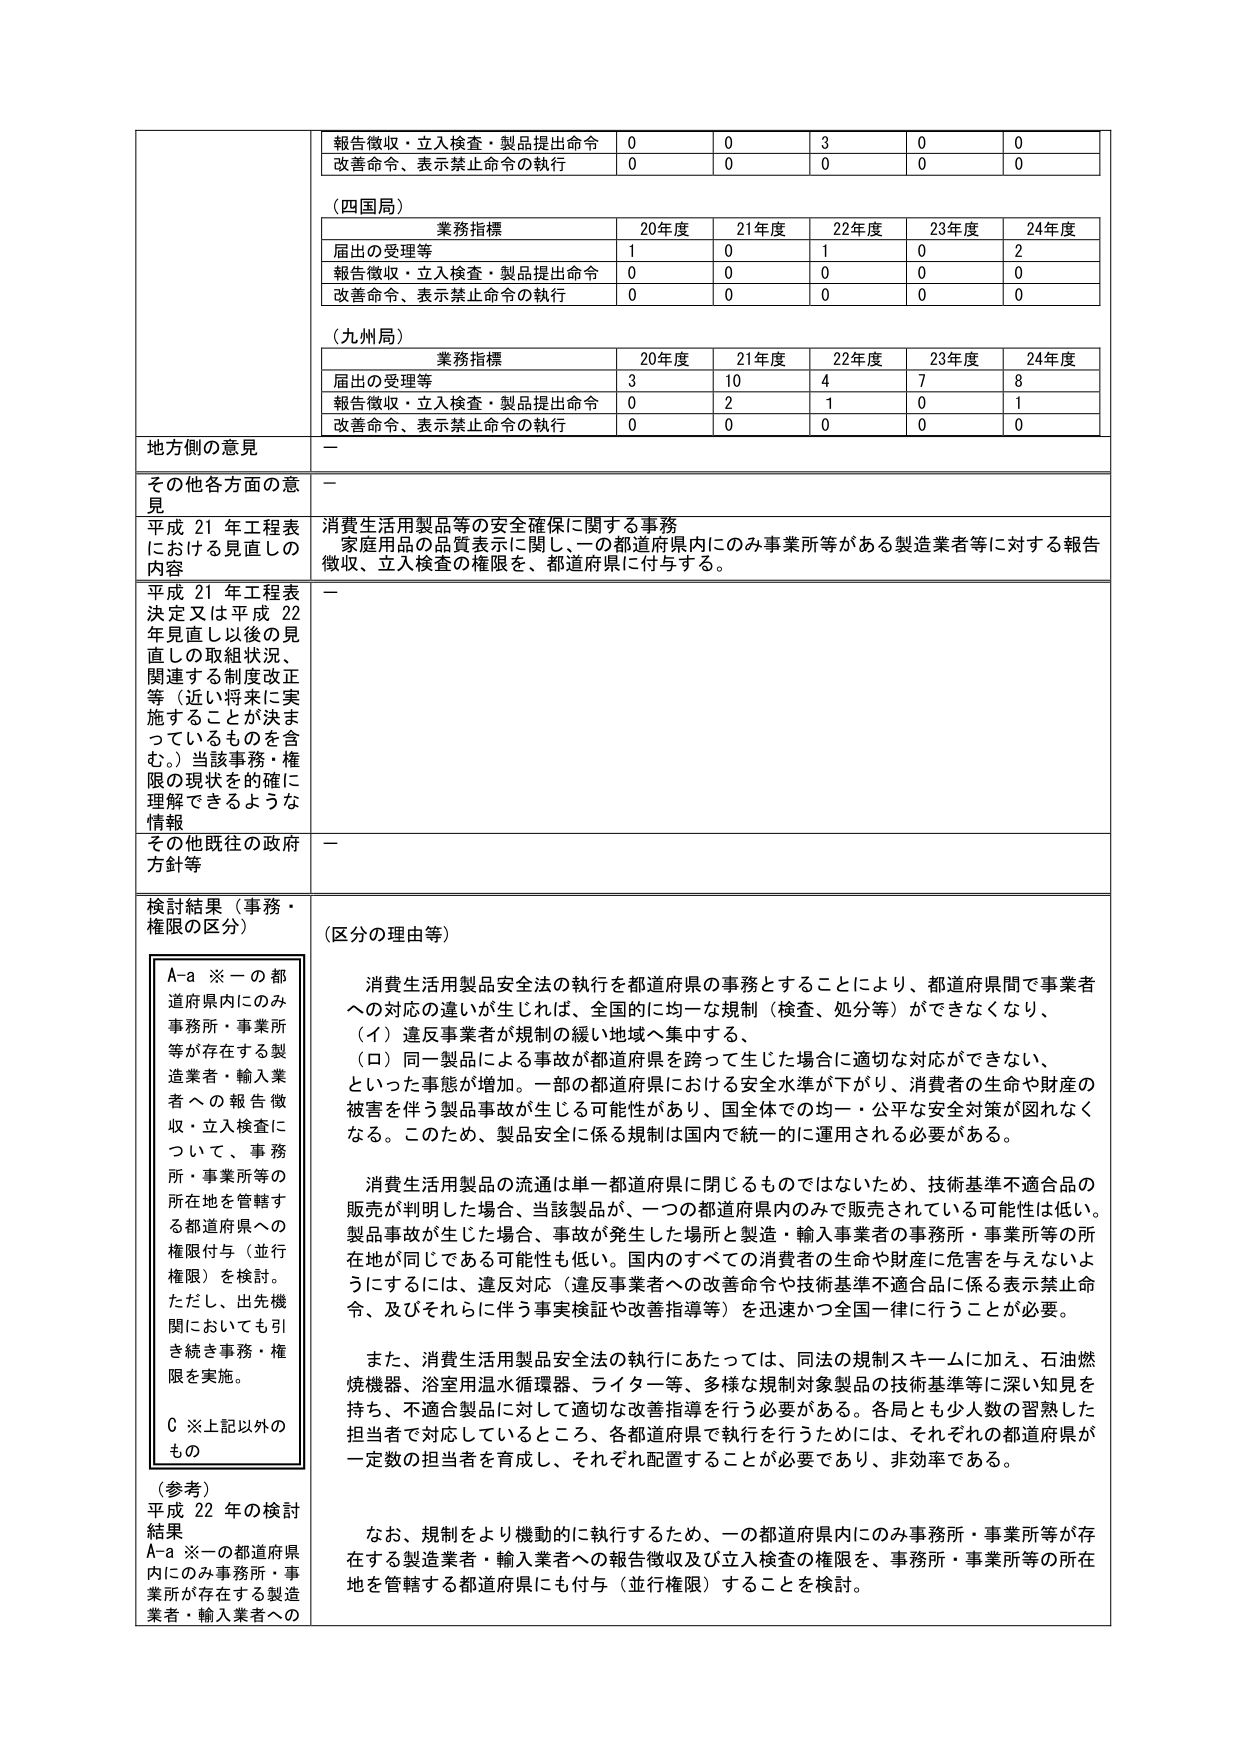
報告徴収・立入検査・製品提出命令 0 0 3 0 0
改善命令、表示禁止命令の執行 0 0 0 0 0

（四国局）
業務指標 20年度 21年度 22年度 23年度 24年度
届出の受理等 1 0 1 0 2
報告徴収・立入検査・製品提出命令 0 0 0 0 0
改善命令、表示禁止命令の執行 0 0 0 0 0

（九州局）
業務指標 20年度 21年度 22年度 23年度 24年度
届出の受理等 3 10 4 7 8
報告徴収・立入検査・製品提出命令 0 2 1 0 1
改善命令、表示禁止命令の執行 0 0 0 0 0

地方側の意見 －

その他各方面の意見 －

平成21年工程表における見直しの内容 消費生活用製品等の安全確保に関する事務
家庭用品の品質表示に関し、一の都道府県内にのみ事業所等がある製造業者等に対する報告徴収、立入検査の権限を、都道府県に付与する。

平成21年工程表決定又は平成22年見直し以後の見直しの取組状況、関連する制度改正等（近い将来に実施することが決まっているものを含む。）当該事務・権限の現状を的確に理解できるような情報 －

その他既往の政府方針等 －

検討結果（事務・権限の区分）
（区分の理由等）

A-a ※一の都道府県内にのみ事業所・事業所等が存在する製造業者・輸入業者への報告徴収・立入検査について、事務所・事業所等の所在地を管轄する都道府県への権限付与（並行権限）を検討。ただし、出先機関においても引き続き事務・権限を実施。
C ※上記以外のもの

消費生活用製品安全法の執行を都道府県の事務とすることにより、都道府県間で事業者への対応の違いが生じれば、全国的に均一な規制（検査、処分等）ができなくなり、
（イ）違反事業者が規制の緩い地域へ集中する、
（ロ）同一製品による事故が都道府県を跨って生じた場合に適切な対応ができない、
といった事態が増加。一部の都道府県における安全水準が下がり、消費者の生命や財産の被害を伴う製品事故が生じる可能性があり、全国体での均一・公平な安全対策が図れなくなる。このため、製品安全に係る規制は国内で統一的に運用される必要がある。

消費生活用製品の流通は単一都道府県に閉じるものではないため、技術基準不適合品の販売が判明した場合、当該製品が、一つの都道府県内のみで販売されている可能性は低い。製品事故が生じた場合、事故が発生した場所と製造・輸入事業者の事務所・事業所等の所在地が同じである可能性も低い。国内のすべての消費者の生命や財産に危害を与えないようにするには、違反対応（違反事業者への改善命令や技術基準不適合品に係る表示禁止命令、及びそれらに伴う事実検証や改善指導等）を迅速かつ全国一律に行うことが必要。

また、消費生活用製品安全法の執行にあたっては、同法の規制スキームに加え、石油燃焼機器、浴室用温水循環器、ライター等、多様な規制対象製品の技術基準等に深い知見を持ち、不適合製品に対して適切な改善指導を行う必要がある。各局とも少人数の習熟した担当者が対応しているところ、各都道府県で執行を行うためには、それぞれの都道府県が一定数の担当者を育成し、それぞれ配置することが必要であり、非効率である。

なお、規制をより機動的に執行するため、一の都道府県内にのみ事務所・事業所等が存在する製造業者・輸入業者への報告徴収及び立入検査の権限を、事務所・事業所等の所在地を管轄する都道府県にも付与（並行権限）することを検討。

（参考）
平成22年の検討結果
A-a ※一の都道府県内にのみ事務所・事業所が存在する製造業者・輸入業者への